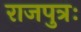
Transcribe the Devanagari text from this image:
राजपुत्रः